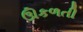
ઊકળતી